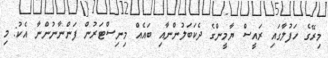
މިރޭގެ ހަފުލާގައި ރައީސް ޔާމީންގެ ދެކަބަލުންނާއި ބައެއް މިނިސްޓަރުން ފަންނާނުންނާ އެކު: މި